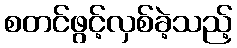
စတင်ဖွင့်လှစ်ခဲ့သည့်